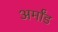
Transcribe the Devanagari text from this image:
अर्मांड